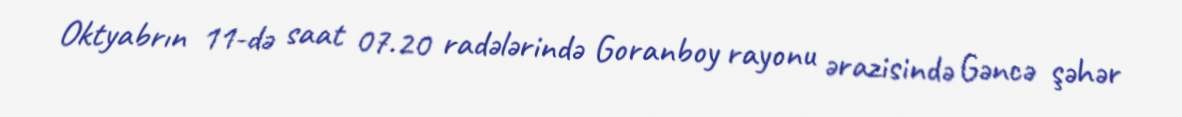
Oktyabrın 11-də saat 07.20 radələrində Goranboy rayonu ərazisində Gəncə şəhər